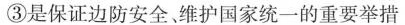
③是保证边防安全维护国家统一的重要举措